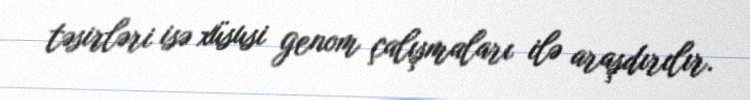
təsirləri isə xüsusi genom çalışmaları ilə araşdırılır.